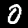
Label: 0